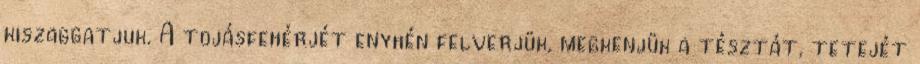
kiszaggatjuk. A tojásfehérjét enyhén felverjük, megkenjük a tésztát, tetejét